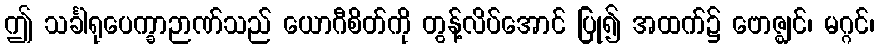
ဤ သင်္ခါရုပေက္ခာဉာဏ်သည် ယောဂီစိတ်ကို တွန့်လိပ်အောင် ပြု၍ အထက်၌ ဗောဇ္ဈင်၊ မဂ္ဂင်၊